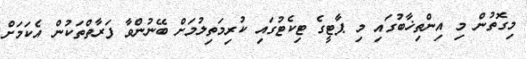
މިގޮތުން މި އިންތިޚާބުގައި މި ޕާޓީގެ ޓިކެޓުގައި ކުރިމަތިލުމަށް ބޭނުންވާ ފަރާތްތަކުން އެކަމަށް